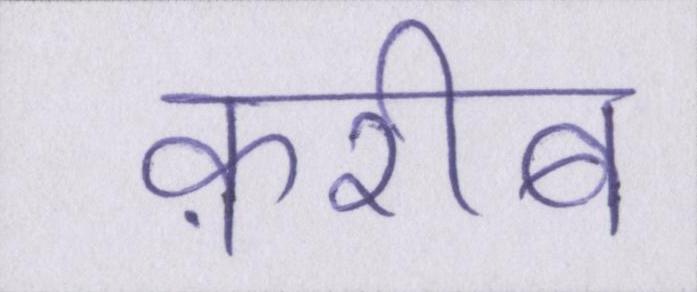
क़रीब